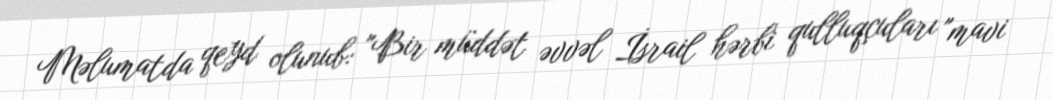
Məlumatda qeyd olunub: "Bir müddət əvvəl İsrail hərbi qulluqçuları "mavi